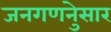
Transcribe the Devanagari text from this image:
जनगणनेुसार